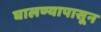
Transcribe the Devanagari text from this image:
घालण्यापासून